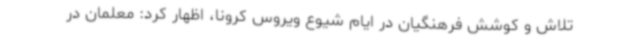
تلاش و کوشش فرهنگیان در ایام شیوع ویروس کرونا، اظهار کرد: معلمان در